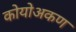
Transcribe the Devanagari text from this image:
कोयोअकण